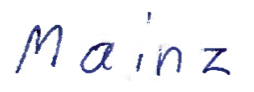
Text: Mainz
Cross-out: clean
Writing tool: ballpoint